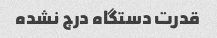
قدرت دستگاه درج نشده